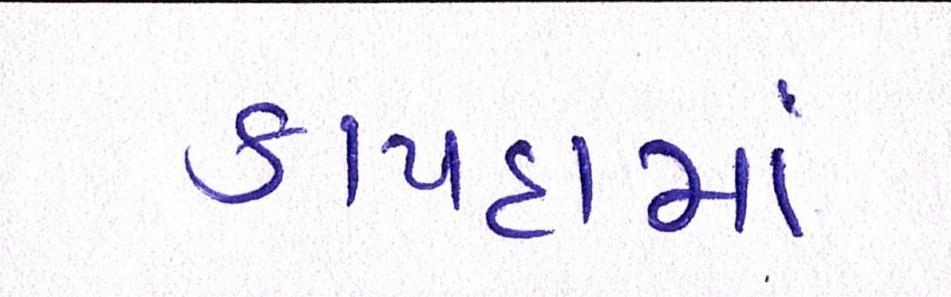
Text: કાયદામાં